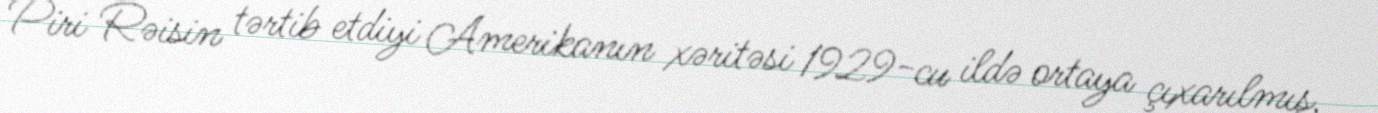
Piri Rəisin tərtib etdiyi Amerikanın xəritəsi 1929-cu ildə ortaya çıxarılmış,